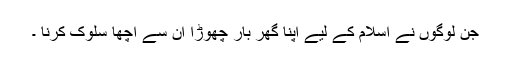
جن لوگوں نے اسلام کے لیے اپنا گھر بار چھوڑا ان سے اچھا سلوک کرنا ۔